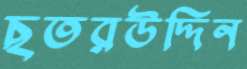
ছতরউদ্দিন